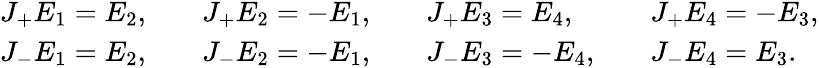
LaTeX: \begin{array}{rlrlrl}{J_{+}E_{1}=E_{2},}&{\quad J_{+}E_{2}=-E_{1},}&&{J_{+}E_{3}=E_{4},}&&{J_{+}E_{4}=-E_{3},}\\ {J_{-}E_{1}=E_{2},}&{\quad J_{-}E_{2}=-E_{1},}&&{J_{-}E_{3}=-E_{4},}&&{J_{-}E_{4}=E_{3}.}\end{array}